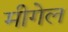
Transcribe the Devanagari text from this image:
मीगेल